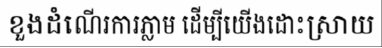
ខួងដំណើរការភ្លាម ដើម្បីយើងដោះស្រាយ